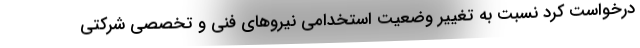
درخواست کرد نسبت به تغییر وضعیت استخدامی نیروهای فنی و تخصصی شرکتی